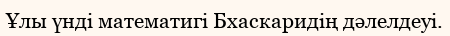
Ұлы үнді математигі Бхаскаридің дәлелдеуі.